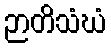
ဉာတိသံဃံ